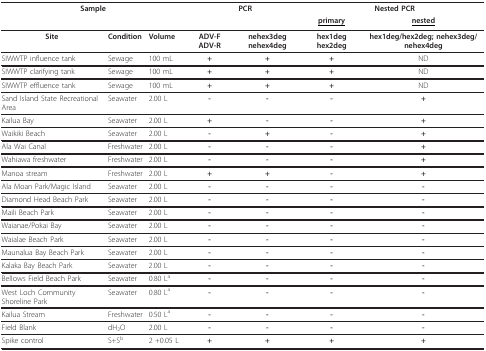
<table><thead><tr><td colspan="3"><b>Sample</b></td><td colspan="2"><b>PCR</b></td><td colspan="2"><b>Nested PCR</b></td></tr><tr><td colspan="3"></td><td colspan="2"></td><td><b><underline>primary</underline></b></td><td><b><underline>nested</underline></b></td></tr></thead><tbody><tr><td><b>Site</b></td><td><b>Condition</b></td><td><b>Volume</b></td><td><b>ADV-F ADV-R</b></td><td><b>nehex3deg nehex4deg</b></td><td><b>hex1deg hex2deg</b></td><td><b>hex1deg/hex2deg; nehex3deg/nehex4deg</b></td></tr><tr><td>SIWWTP influence tank</td><td>Sewage</td><td>100 mL</td><td><b>+</b></td><td><b>+</b></td><td><b>+</b></td><td>ND</td></tr><tr><td>SIWWTP clarifying tank</td><td>Sewage</td><td>100 mL</td><td><b>+</b></td><td><b>+</b></td><td><b>+</b></td><td>ND</td></tr><tr><td>SIWWTP effluence tank</td><td>Sewage</td><td>100 mL</td><td><b>+</b></td><td><b>+</b></td><td><b>+</b></td><td>ND</td></tr><tr><td>Sand Island State Recreational Area</td><td>Seawater</td><td>2.00 L</td><td><b>-</b></td><td><b>-</b></td><td><b>-</b></td><td><b>+</b></td></tr><tr><td>Kailua Bay</td><td>Seawater</td><td>2.00 L</td><td><b>+</b></td><td><b>-</b></td><td><b>-</b></td><td><b>+</b></td></tr><tr><td>Waikiki Beach</td><td>Seawater</td><td>2.00 L</td><td><b>-</b></td><td><b>+</b></td><td><b>-</b></td><td><b>+</b></td></tr><tr><td>Ala Wai Canal</td><td>Freshwater</td><td>2.00 L</td><td><b>-</b></td><td><b>-</b></td><td><b>-</b></td><td><b>+</b></td></tr><tr><td>Wahiawa freshwater</td><td>Freshwater</td><td>2.00 L</td><td><b>-</b></td><td><b>-</b></td><td><b>-</b></td><td><b>+</b></td></tr><tr><td>Manoa stream</td><td>Freshwater</td><td>2.00 L</td><td><b>+</b></td><td><b>+</b></td><td><b>-</b></td><td><b>+</b></td></tr><tr><td>Ala Moan Park/Magic Island</td><td>Seawater</td><td>2.00 L</td><td><b>-</b></td><td><b>-</b></td><td><b>-</b></td><td><b>-</b></td></tr><tr><td>Diamond Head Beach Park</td><td>Seawater</td><td>2.00 L</td><td><b>-</b></td><td><b>-</b></td><td><b>-</b></td><td><b>-</b></td></tr><tr><td>Maili Beach Park</td><td>Seawater</td><td>2.00 L</td><td><b>-</b></td><td><b>-</b></td><td><b>-</b></td><td><b>-</b></td></tr><tr><td>Waianae/Pokai Bay</td><td>Seawater</td><td>2.00 L</td><td><b>-</b></td><td><b>-</b></td><td><b>-</b></td><td><b>-</b></td></tr><tr><td>Waialae Beach Park</td><td>Seawater</td><td>2.00 L</td><td><b>-</b></td><td><b>-</b></td><td><b>-</b></td><td><b>-</b></td></tr><tr><td>Maunalua Bay Beach Park</td><td>Seawater</td><td>2.00 L</td><td><b>-</b></td><td><b>-</b></td><td><b>-</b></td><td><b>-</b></td></tr><tr><td>Kalaka Bay Beach Park</td><td>Seawater</td><td>2.00 L</td><td><b>-</b></td><td><b>-</b></td><td><b>-</b></td><td><b>-</b></td></tr><tr><td>Bellows Field Beach Park</td><td>Seawater</td><td>0.80 L<sup>a</sup></td><td><b>-</b></td><td><b>-</b></td><td><b>-</b></td><td><b>-</b></td></tr><tr><td>West Loch Community Shoreline Park</td><td>Seawater</td><td>0.80 L<sup>a</sup></td><td><b>-</b></td><td><b>-</b></td><td><b>-</b></td><td><b>-</b></td></tr><tr><td>Kailua Stream</td><td>Freshwater</td><td>0.50 L<sup>a</sup></td><td><b>-</b></td><td><b>-</b></td><td><b>-</b></td><td><b>-</b></td></tr><tr><td>Field Blank</td><td>dH<sub>2</sub>O</td><td>2.00 L</td><td><b>-</b></td><td><b>-</b></td><td><b>-</b></td><td><b>-</b></td></tr><tr><td>Spike control</td><td>S+S<sup>b</sup></td><td>2 +0.05 L</td><td><b>+</b></td><td><b>+</b></td><td><b>+</b></td><td><b>+</b></td></tr></tbody></table>